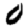
Digit: 0